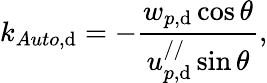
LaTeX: k_{Auto,\mathrm{d}}=-\frac{{w_{p,\mathrm{d}}\cos\theta}}{{u_{p,\mathrm{d}}^{//}\sin\theta}},